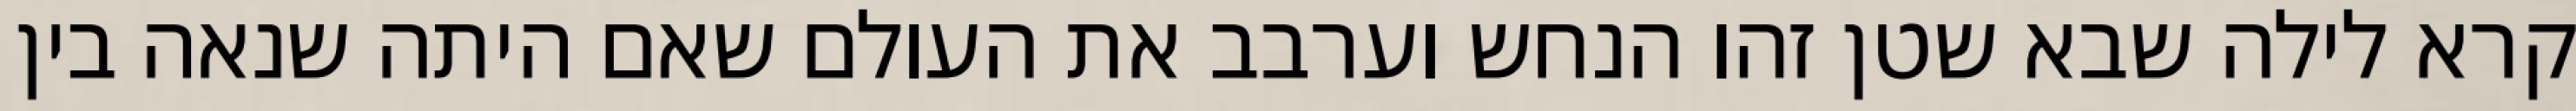
קרא לילה שבא שטן זהו הנחש וערבב את העולם שאם היתה שנאה בין